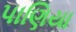
પાણિયા